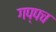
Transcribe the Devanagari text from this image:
गप्पच